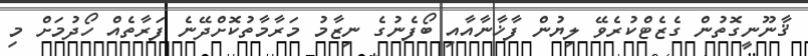
ޤާނޫނީގޮތުން ގެޒެޓްކުރެވޭ ލިޔުން ފާޚާނާއާއި ބޯފެނުގެ ނިޒާމު މަރާމާތުކޮށްދޭނެ ފަރާތެއް ހޯދުމަށް މި